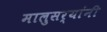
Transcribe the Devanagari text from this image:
मालुसर्‍यांनी